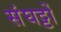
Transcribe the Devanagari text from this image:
संघट्टों